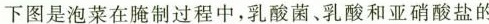
下图是泡菜在腌制过程中，乳酸菌、乳酸和亚硝酸盐的